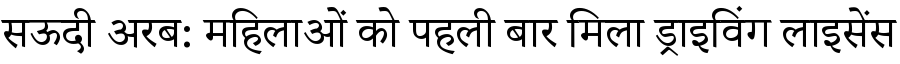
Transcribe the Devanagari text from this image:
सऊदी अरब: महिलाओं को पहली बार मिला ड्राइविंग लाइसेंस